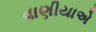
વાણીયાએ